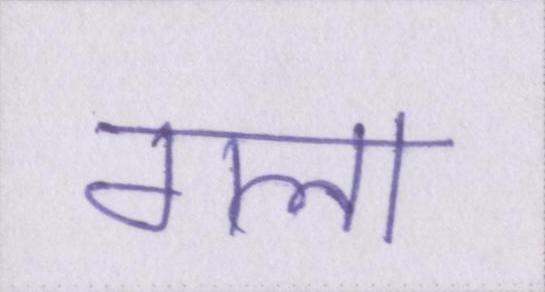
गला